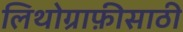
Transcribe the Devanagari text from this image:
लिथोग्राफ़ीसाठी